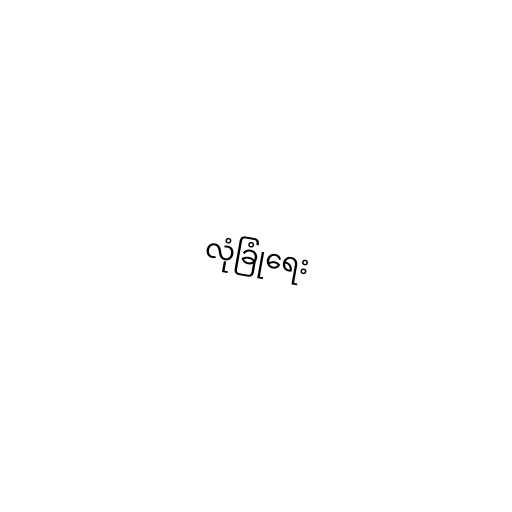
လုံခြုံရေး